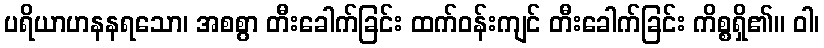
ပရိယာဟနနရသော၊ အစစွာ တီးခေါက်ခြင်း ထက်ဝန်းကျင် တီးခေါက်ခြင်း ကိစ္စရှိ၏။ ဝါ၊